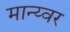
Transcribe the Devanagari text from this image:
मान्य्वर